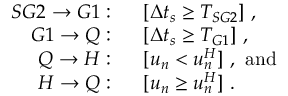
\begin{array} { r l } { S G 2 \rightarrow G 1 : } & { \ \ [ \Delta t _ { s } \geq T _ { S G 2 } ] \ , } \\ { G 1 \rightarrow Q : } & { \ \ [ \Delta t _ { s } \geq T _ { G 1 } ] \ , } \\ { Q \rightarrow H : } & { \ \ [ u _ { n } < u _ { n } ^ { H } ] \ , \ \mathrm { a n d } } \\ { H \rightarrow Q : } & { \ \ [ u _ { n } \geq u _ { n } ^ { H } ] \ . } \end{array}